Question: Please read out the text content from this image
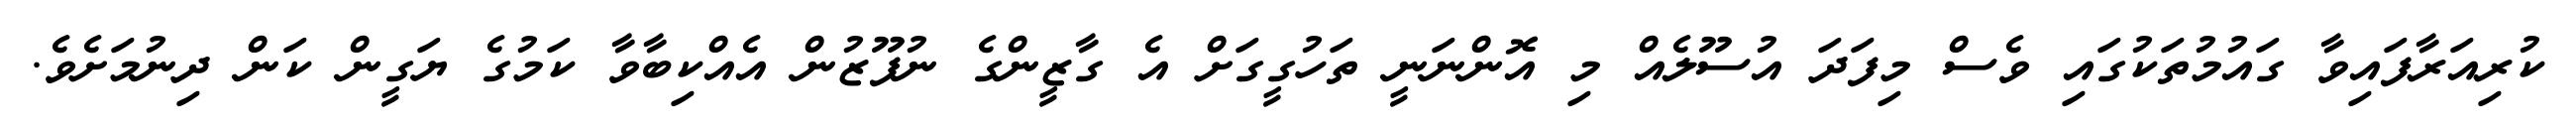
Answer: ކުރިއަރާފައިވާ ގައުމުތަކުގައި ވެސް މިފަދަ އުސޫލެއް މި އޮންނަނީ ތަހުގީގަށް އެ ގާޒީންގެ ނުފޫޒުން އެއްކިބާވާ ކަމުގެ ޔަގީން ކަން ދިނުމަށެވެ.